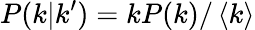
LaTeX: P(k|k^{\prime})=kP(k)/\left<k\right>